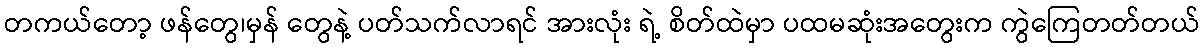
တကယ်တော့ ဖန်တွေ၊မှန် တွေနဲ့ ပတ်သက်လာရင် အားလုံး ရဲ့ စိတ်ထဲမှာ ပထမဆုံးအတွေးက ကွဲကြေတတ်တယ်